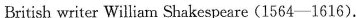
British writer William Shakespeare (1564-1616).